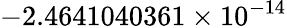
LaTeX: -2.4641040361\times 10^{-14}